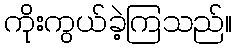
ကိုးကွယ်ခဲ့ကြသည်။